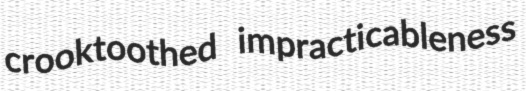
crooktoothed impracticableness